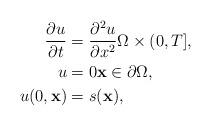
LaTeX: \begin{align*}\frac{\partial u}{\partial t} &= \frac{\partial^2 u}{\partial x^2} \Omega \times (0,T], \\u &= 0 \mathbf{x} \in \partial \Omega, \\u(0,\mathbf{x}) &= s(\mathbf{x}),\end{align*}